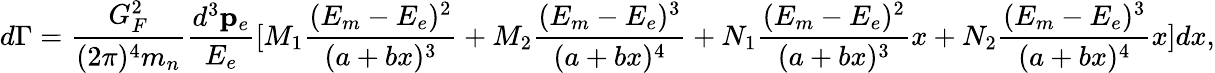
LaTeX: d\Gamma=\frac{G_{F}^{2}}{(2\pi)^{4}m_{n}}\frac{d^{3}{\mathbf p}_{e}}{E_{e}}[M_{1}\frac{(E_{m}-E_{e})^{2}}{(a+bx)^{3}}+M_{2}\frac{(E_{m}-E_{e})^{3}}{(a+bx)^{4}}+N_{1}\frac{(E_{m}-E_{e})^{2}}{(a+bx)^{3}}x+N_{2}\frac{(E_{m}-E_{e})^{3}}{(a+bx)^{4}}x]dx,